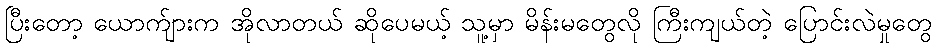
ပြီးတော့ ယောက်ျားက အိုလာတယ် ဆိုပေမယ့် သူ့မှာ မိန်းမတွေလို ကြီးကျယ်တဲ့ ပြောင်းလဲမှုတွေ